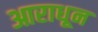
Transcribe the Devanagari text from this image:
आराधून